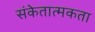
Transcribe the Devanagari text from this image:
संकेतात्मकता